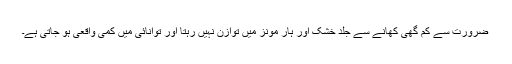
ضرورت سے کم گھی کھانے سے جلد خشک اور ہار مونز میں توازن نہیں رہتا اور توانائی میں کمی واقعی ہو جاتی ہے۔